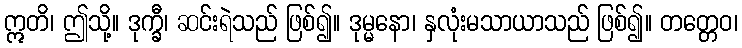
ဣတိ၊ ဤသို့။ ဒုက္ခီ၊ ဆင်းရဲသည် ဖြစ်၍။ ဒုမ္မနော၊ နှလုံးမသာယာသည် ဖြစ်၍။ တတ္တေဝ၊